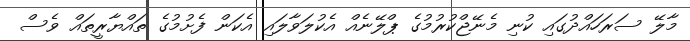
މާލޭ ސަރަހައްދުގައި ކުނި މެނޭޖްކުރުމުގެ ޕްލޭނެއް އެކުލަވާލައި އެކަން ފެށުމުގެ ތައްޔާރީތައް ވެސް